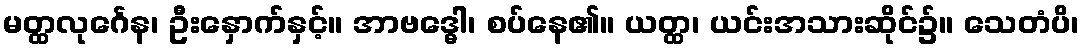
မတ္ထလုင်္ဂေန၊ ဦးနှောက်နှင့်။ အာဗဒ္ဓေါ၊ စပ်နေ၏။ ယတ္ထ၊ ယင်းအသားဆိုင်၌။ သေတံပိ၊